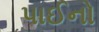
પાઈનો